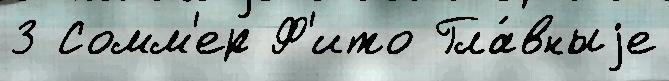
3 Сомм'ер Ф'ито Гла́вныjе